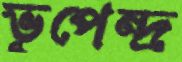
ভূপেন্দ্র